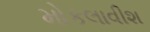
મોકલાવીશ